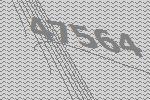
47564